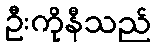
ဦးကိုနီသည်